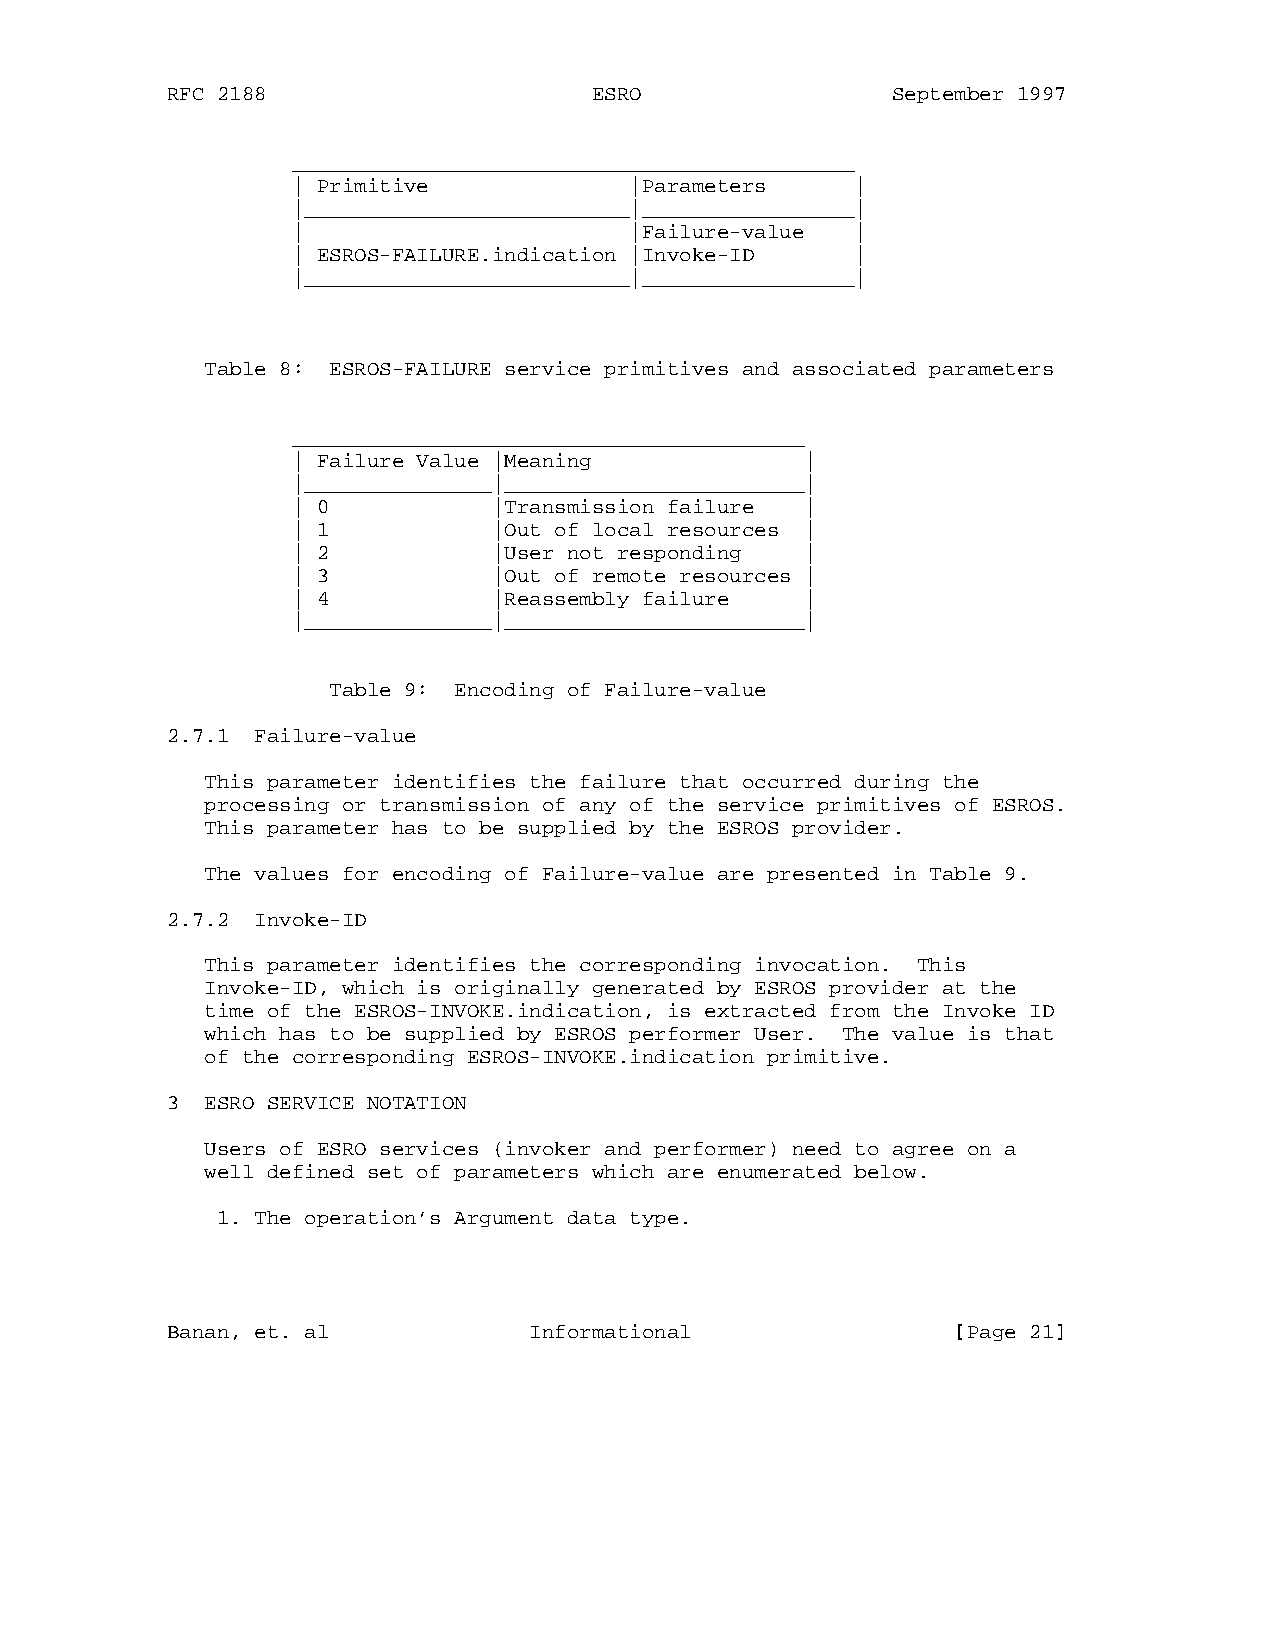
RFC 2188                    ESRO                September 1997
 _____________________________________________
 | Primitive            |Parameters    |
 |__________________________|_________________|
 |                      |Failure-value |
 | ESROS-FAILURE.indication |Invoke-ID |
 |__________________________|_________________|
 Table 8: ESROS-FAILURE service primitives and associated parameters
 _________________________________________
 | Failure Value |Meaning          |
 |_______________|________________________|
 | 0           |Transmission failure |
 | 1           |Out of local resources |
 | 2           |User not responding |
 | 3           |Out of remote resources |
 | 4           |Reassembly failure |
 |_______________|________________________|
 Table 9: Encoding of Failure-value
 2.7.1 Failure-value
 This parameter identifies the failure that occurred during the
 processing or transmission of any of the service primitives of ESROS.
 This parameter has to be supplied by the ESROS provider.
 The values for encoding of Failure-value are presented in Table 9.
 2.7.2 Invoke-ID
 This parameter identifies the corresponding invocation. This
 Invoke-ID, which is originally generated by ESROS provider at the
 time of the ESROS-INVOKE.indication, is extracted from the Invoke ID
 which has to be supplied by ESROS performer User. The value is that
 of the corresponding ESROS-INVOKE.indication primitive.
 3  ESRO SERVICE NOTATION
 Users of ESRO services (invoker and performer) need to agree on a
 well defined set of parameters which are enumerated below.
 1. The operation’s Argument data type.
 Banan, et. al           Informational               [Page 21]